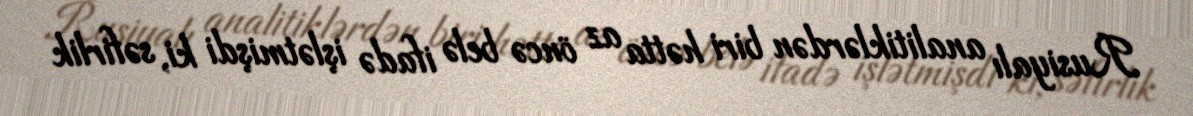
Rusiyalı analitiklərdən biri hətta az öncə belə ifadə işlətmişdi ki, səfirlik